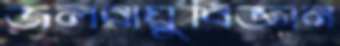
জলবায়ুবিজ্ঞান